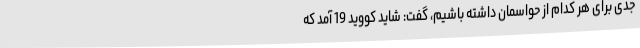
جدی برای هر کدام از حواسمان داشته باشیم، گفت: شاید کووید 19 آمد که